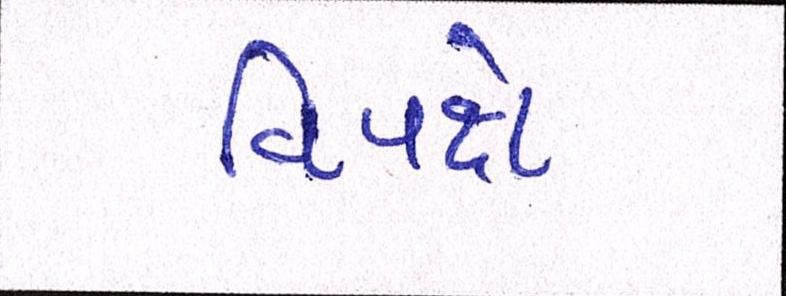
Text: વિપક્ષે